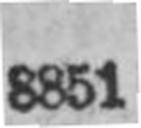
8851